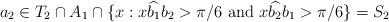
LaTeX: \begin{align*}a_{2}\in T_{2}\cap A_{1}\cap\{x:x\widehat{b_{1}}b_{2}> \pi/6\textrm{ and }x\widehat{b_{2}}b_{1}> \pi/6\}=S_{2}\end{align*}